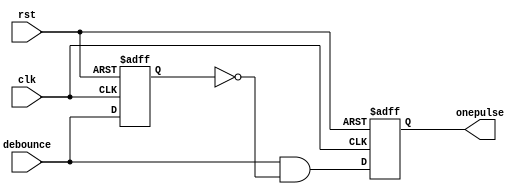
`timescale 1ns / 1ps
//////////////////////////////////////////////////////////////////////////////////
// Company: 
// Engineer: 
// 
// Design Name: 
// Module Name: pulse
// Project Name: 
// Target Devices: 
// Tool Versions: 
// Description: 
// 
// Dependencies: 
// 
// Revision:
// Revision 0.01 - File Created
// Additional Comments:
// 
//////////////////////////////////////////////////////////////////////////////////


module onepulse(
    output reg onepulse,
    input clk,
    input rst,
    input debounce
    );
    
     reg debounce_delay,onepulse_next;
           
           always@*
           onepulse_next = debounce & ~debounce_delay;
           
           always@(posedge clk or negedge rst)
           begin
               if(~rst)
               begin
                   onepulse<=1'b 0;
                   debounce_delay<= 1'b 0;
               end
               else
               begin
                   onepulse<=onepulse_next;
                   debounce_delay<=debounce;
               end
           end
    
endmodule